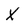
Character: X